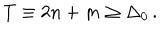
T \equiv 2 n + m \geq \Delta _ { 0 } \, .